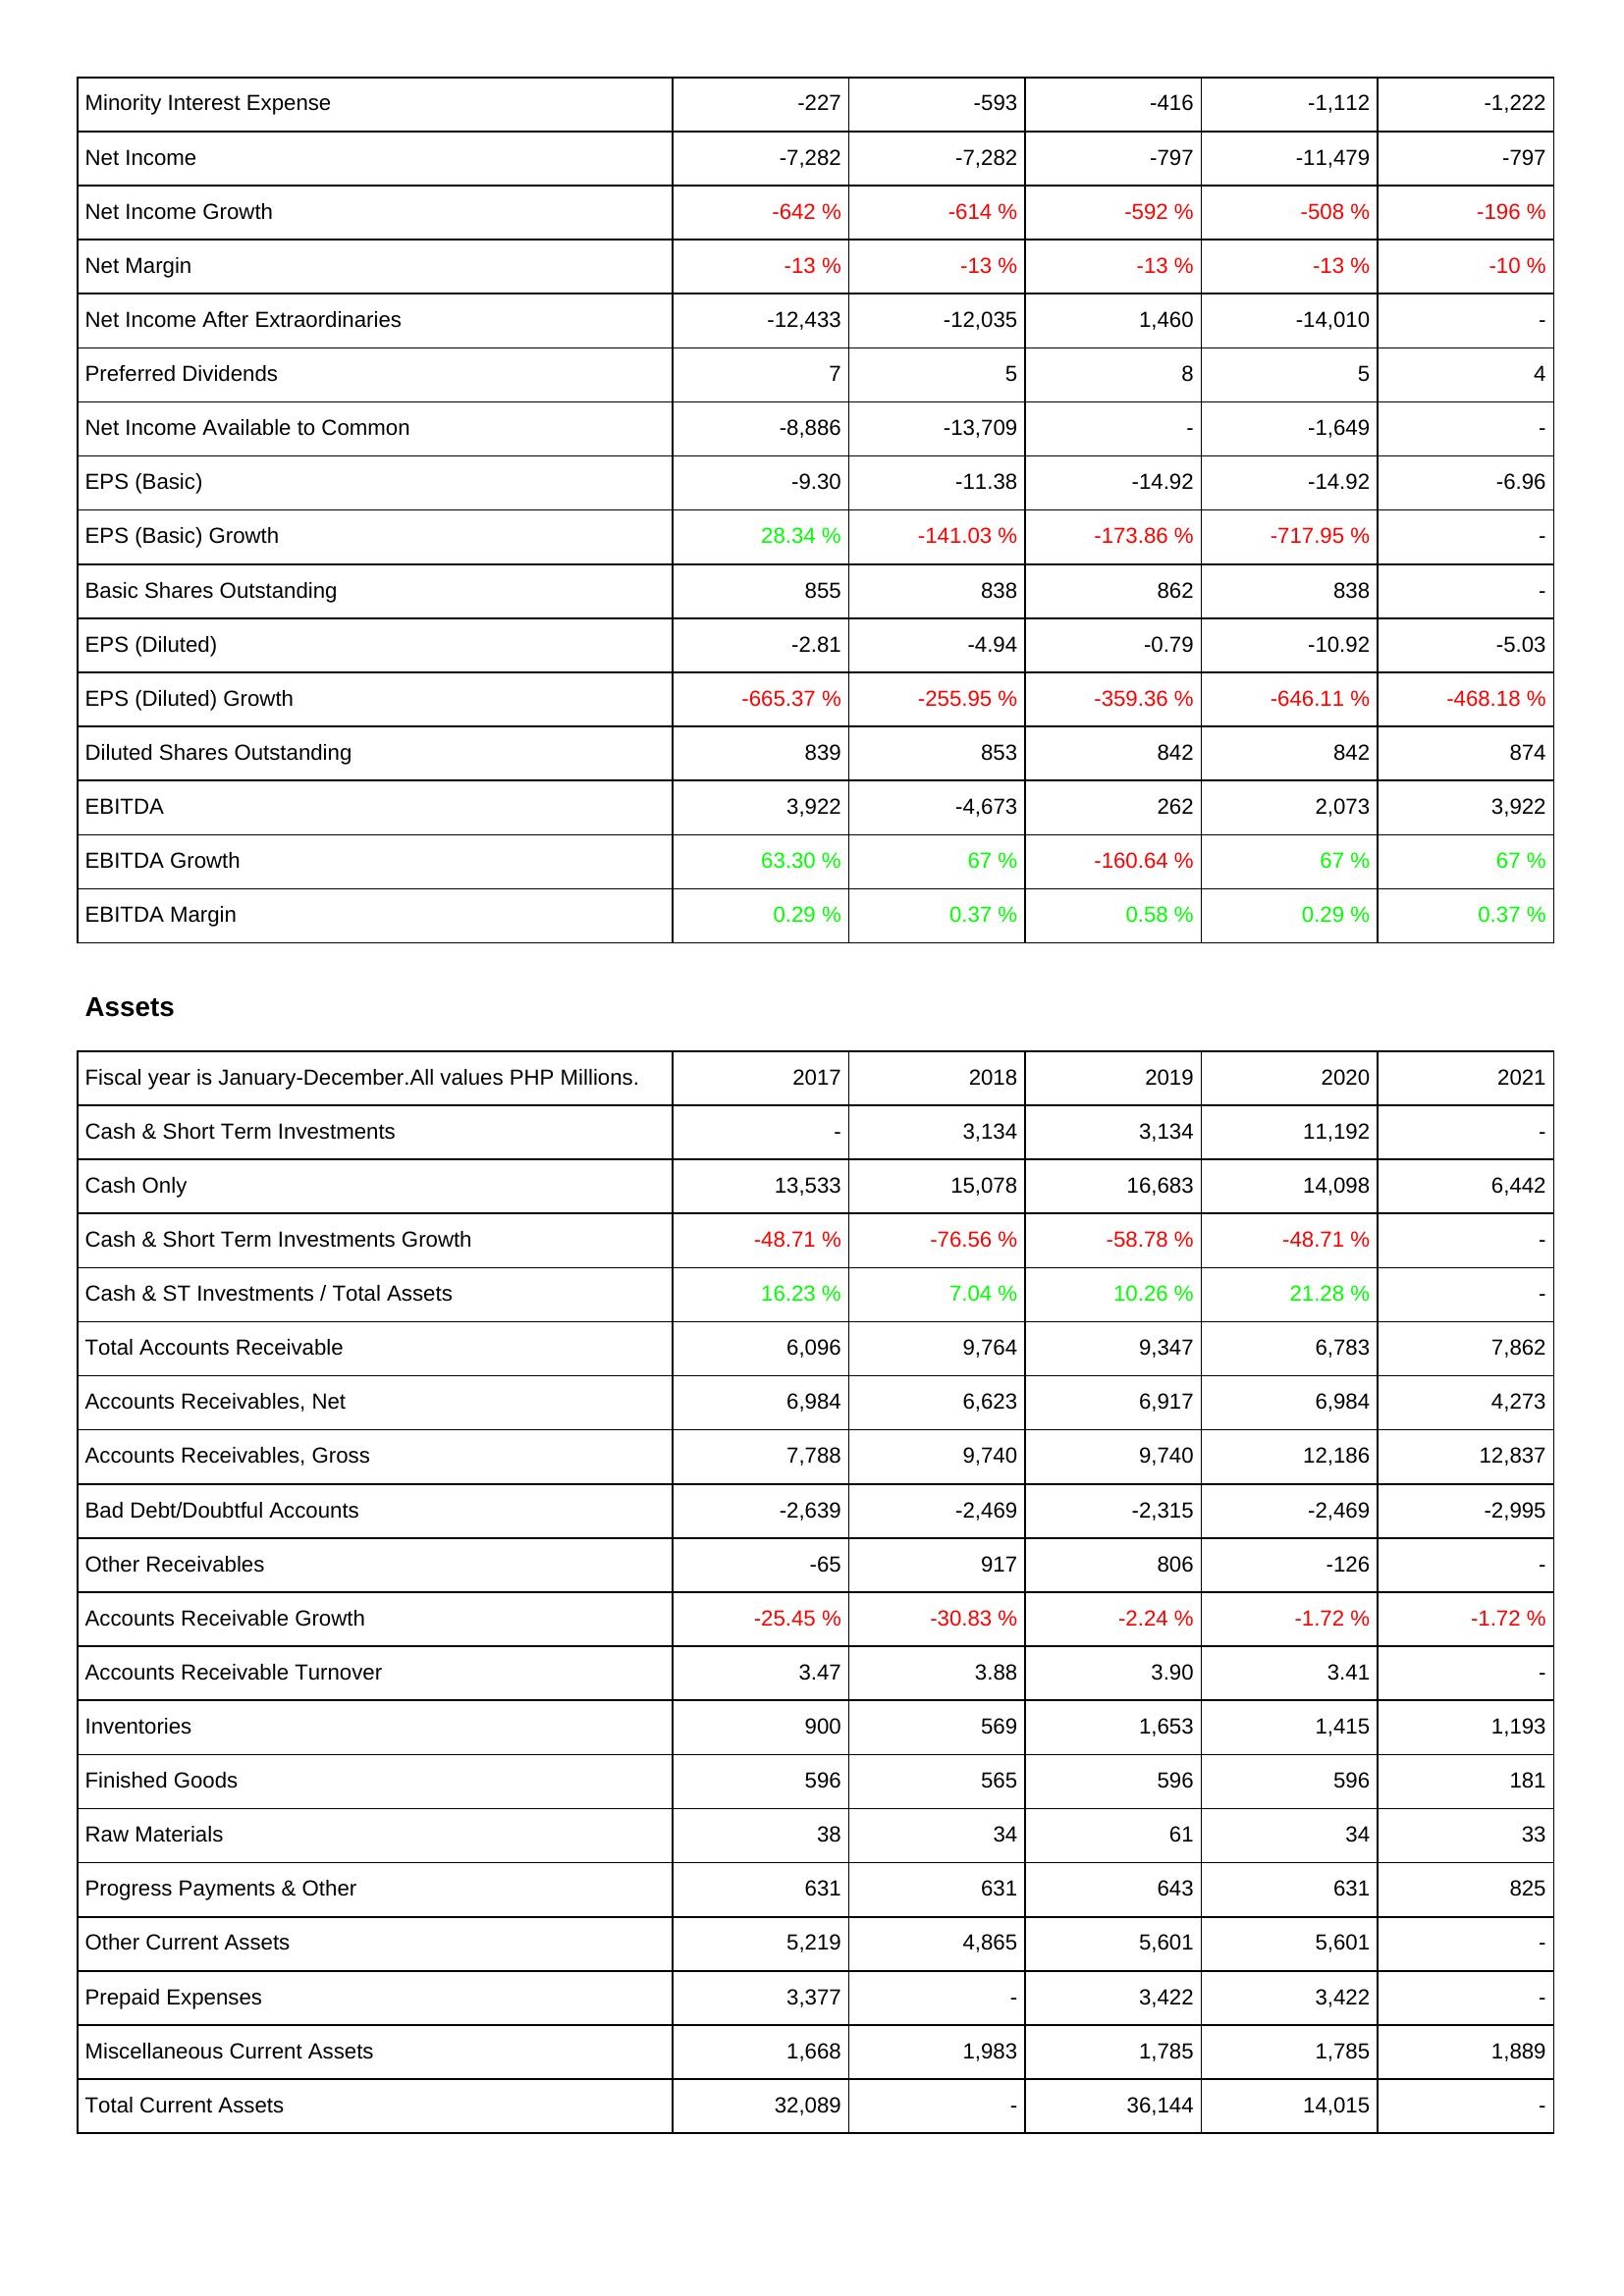
2017: Income Statement: Minority Interest Expense: -227
Net Income: -7,282
Net Income Growth: -642 %
Net Margin: -13 %
Net Income After Extraordinaries: -12,433
Preferred Dividends: 7
Net Income Available to Common: -8,886
EPS (Basic): -9.30
EPS (Basic) Growth: 28.34 %
Basic Shares Outstanding: 855
EPS (Diluted): -2.81
EPS (Diluted) Growth: -665.37 %
Diluted Shares Outstanding: 839
EBITDA: 3,922
EBITDA Growth: 63.30 %
EBITDA Margin: 0.29 %
Assets: Cash & Short Term Investments: -
Cash Only: 13,533
Cash & Short Term Investments Growth: -48.71 %
Cash & ST Investments / Total Assets: 16.23 %
Total Accounts Receivable: 6,096
Accounts Receivables, Net: 6,984
Accounts Receivables, Gross: 7,788
Bad Debt/Doubtful Accounts: -2,639
Other Receivables: -65
Accounts Receivable Growth: -25.45 %
Accounts Receivable Turnover: 3.47
Inventories: 900
Finished Goods: 596
Raw Materials: 38
Progress Payments & Other: 631
Other Current Assets: 5,219
Prepaid Expenses: 3,377
Miscellaneous Current Assets: 1,668
Total Current Assets: 32,089
2018: Income Statement: Minority Interest Expense: -593
Net Income: -7,282
Net Income Growth: -614 %
Net Margin: -13 %
Net Income After Extraordinaries: -12,035
Preferred Dividends: 5
Net Income Available to Common: -13,709
EPS (Basic): -11.38
EPS (Basic) Growth: -141.03 %
Basic Shares Outstanding: 838
EPS (Diluted): -4.94
EPS (Diluted) Growth: -255.95 %
Diluted Shares Outstanding: 853
EBITDA: -4,673
EBITDA Growth: 67 %
EBITDA Margin: 0.37 %
Assets: Cash & Short Term Investments: 3,134
Cash Only: 15,078
Cash & Short Term Investments Growth: -76.56 %
Cash & ST Investments / Total Assets: 7.04 %
Total Accounts Receivable: 9,764
Accounts Receivables, Net: 6,623
Accounts Receivables, Gross: 9,740
Bad Debt/Doubtful Accounts: -2,469
Other Receivables: 917
Accounts Receivable Growth: -30.83 %
Accounts Receivable Turnover: 3.88
Inventories: 569
Finished Goods: 565
Raw Materials: 34
Progress Payments & Other: 631
Other Current Assets: 4,865
Prepaid Expenses: -
Miscellaneous Current Assets: 1,983
Total Current Assets: -
2019: Income Statement: Minority Interest Expense: -416
Net Income: -797
Net Income Growth: -592 %
Net Margin: -13 %
Net Income After Extraordinaries: 1,460
Preferred Dividends: 8
Net Income Available to Common: -
EPS (Basic): -14.92
EPS (Basic) Growth: -173.86 %
Basic Shares Outstanding: 862
EPS (Diluted): -0.79
EPS (Diluted) Growth: -359.36 %
Diluted Shares Outstanding: 842
EBITDA: 262
EBITDA Growth: -160.64 %
EBITDA Margin: 0.58 %
Assets: Cash & Short Term Investments: 3,134
Cash Only: 16,683
Cash & Short Term Investments Growth: -58.78 %
Cash & ST Investments / Total Assets: 10.26 %
Total Accounts Receivable: 9,347
Accounts Receivables, Net: 6,917
Accounts Receivables, Gross: 9,740
Bad Debt/Doubtful Accounts: -2,315
Other Receivables: 806
Accounts Receivable Growth: -2.24 %
Accounts Receivable Turnover: 3.90
Inventories: 1,653
Finished Goods: 596
Raw Materials: 61
Progress Payments & Other: 643
Other Current Assets: 5,601
Prepaid Expenses: 3,422
Miscellaneous Current Assets: 1,785
Total Current Assets: 36,144
2020: Income Statement: Minority Interest Expense: -1,112
Net Income: -11,479
Net Income Growth: -508 %
Net Margin: -13 %
Net Income After Extraordinaries: -14,010
Preferred Dividends: 5
Net Income Available to Common: -1,649
EPS (Basic): -14.92
EPS (Basic) Growth: -717.95 %
Basic Shares Outstanding: 838
EPS (Diluted): -10.92
EPS (Diluted) Growth: -646.11 %
Diluted Shares Outstanding: 842
EBITDA: 2,073
EBITDA Growth: 67 %
EBITDA Margin: 0.29 %
Assets: Cash & Short Term Investments: 11,192
Cash Only: 14,098
Cash & Short Term Investments Growth: -48.71 %
Cash & ST Investments / Total Assets: 21.28 %
Total Accounts Receivable: 6,783
Accounts Receivables, Net: 6,984
Accounts Receivables, Gross: 12,186
Bad Debt/Doubtful Accounts: -2,469
Other Receivables: -126
Accounts Receivable Growth: -1.72 %
Accounts Receivable Turnover: 3.41
Inventories: 1,415
Finished Goods: 596
Raw Materials: 34
Progress Payments & Other: 631
Other Current Assets: 5,601
Prepaid Expenses: 3,422
Miscellaneous Current Assets: 1,785
Total Current Assets: 14,015
2021: Income Statement: Minority Interest Expense: -1,222
Net Income: -797
Net Income Growth: -196 %
Net Margin: -10 %
Net Income After Extraordinaries: -
Preferred Dividends: 4
Net Income Available to Common: -
EPS (Basic): -6.96
EPS (Basic) Growth: -
Basic Shares Outstanding: -
EPS (Diluted): -5.03
EPS (Diluted) Growth: -468.18 %
Diluted Shares Outstanding: 874
EBITDA: 3,922
EBITDA Growth: 67 %
EBITDA Margin: 0.37 %
Assets: Cash & Short Term Investments: -
Cash Only: 6,442
Cash & Short Term Investments Growth: -
Cash & ST Investments / Total Assets: -
Total Accounts Receivable: 7,862
Accounts Receivables, Net: 4,273
Accounts Receivables, Gross: 12,837
Bad Debt/Doubtful Accounts: -2,995
Other Receivables: -
Accounts Receivable Growth: -1.72 %
Accounts Receivable Turnover: -
Inventories: 1,193
Finished Goods: 181
Raw Materials: 33
Progress Payments & Other: 825
Other Current Assets: -
Prepaid Expenses: -
Miscellaneous Current Assets: 1,889
Total Current Assets: -